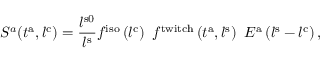
S ^ { a } ( t ^ { \mathrm { a } } , l ^ { \mathrm { { c } } } ) = \frac { l ^ { \mathrm { s 0 } } } { l ^ { \mathrm { s } } } f ^ { \mathrm { i s o } } \left( l ^ { \mathrm { c } } \right) \ f ^ { \mathrm { t w i t c h } } \left( t ^ { \mathrm { a } } , l ^ { \mathrm { s } } \right) \ E ^ { \mathrm { a } } \left( l ^ { \mathrm { s } } - l ^ { \mathrm { c } } \right) ,